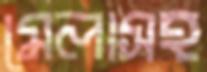
মেলাসহ